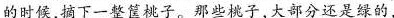
的时候，摘下一整筐桃子。那些桃子，大部分还是绿的，